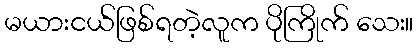
မယားငယ်ဖြစ်ရတဲ့လူက ပိုကြိုက် သေး။